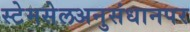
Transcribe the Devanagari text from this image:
स्टेमसेलअनुसंधानपर